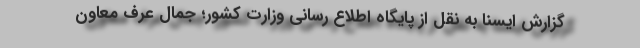
گزارش ایسنا به نقل از پایگاه اطلاع رسانی وزارت کشور؛ جمال عرف معاون